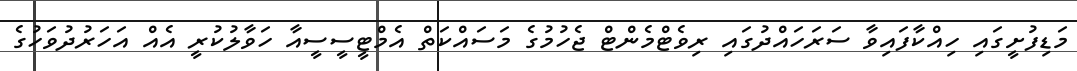
މަޑިފުށީގައި ހިއްކާފައިވާ ސަރަހައްދުގައި ރިވެޓްމެންޓް ޖެހުމުގެ މަސައްކަތް އެމްޓީސީސީއާ ހަވާލުކުރީ އެއް އަހަރުދުވަހުގެ